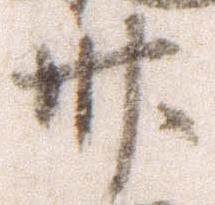
卅